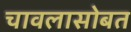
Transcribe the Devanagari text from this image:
चावलासोबत